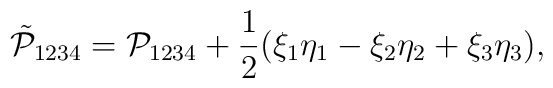
\tilde{\mathcal P}_{1234} =  \mathcal P_{1234} + \frac{1}{2}(\xi_1\eta_1 - \xi_2\eta_2+\xi_3\eta_3),